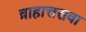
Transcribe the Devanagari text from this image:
त्राहात्तरावा